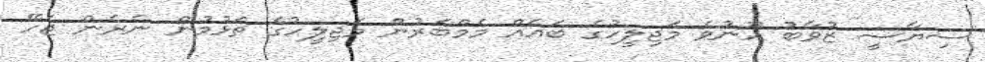
ސިޔާސީ ޒުވާބު ހޫނުވެ މަޖިލީހުގެ ބައެއް މެމްބަރުން މަޖިލީހުގެ ތަޅުމުން ނެރެން ޖެހޭ